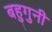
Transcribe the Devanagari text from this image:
बहुगुनी